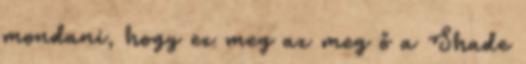
mondani, hogy ez meg az meg ő a Shade